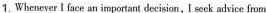
1.Whenever I face an important decision，I seck advice from